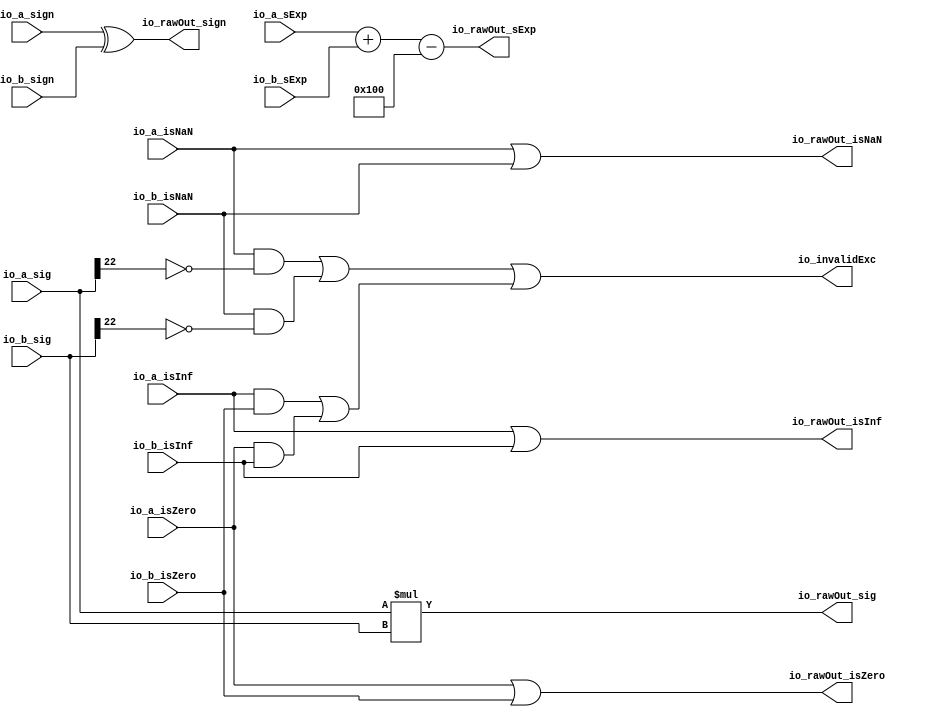
module MulFullRawFN(
  input         io_a_isNaN,
  input         io_a_isInf,
  input         io_a_isZero,
  input         io_a_sign,
  input  [9:0]  io_a_sExp,
  input  [24:0] io_a_sig,
  input         io_b_isNaN,
  input         io_b_isInf,
  input         io_b_isZero,
  input         io_b_sign,
  input  [9:0]  io_b_sExp,
  input  [24:0] io_b_sig,
  output        io_invalidExc,
  output        io_rawOut_isNaN,
  output        io_rawOut_isInf,
  output        io_rawOut_isZero,
  output        io_rawOut_sign,
  output [9:0]  io_rawOut_sExp,
  output [47:0] io_rawOut_sig
);
  wire  notSigNaN_invalidExc = io_a_isInf & io_b_isZero | io_a_isZero & io_b_isInf; // @[MulRecFN.scala 58:60]
  wire [9:0] _common_sExpOut_T_2 = $signed(io_a_sExp) + $signed(io_b_sExp); // @[MulRecFN.scala 62:36]
  wire [49:0] _common_sigOut_T = io_a_sig * io_b_sig; // @[MulRecFN.scala 63:35]
  wire  _io_invalidExc_T_2 = io_a_isNaN & ~io_a_sig[22]; // @[common.scala 84:46]
  wire  _io_invalidExc_T_5 = io_b_isNaN & ~io_b_sig[22]; // @[common.scala 84:46]
  assign io_invalidExc = _io_invalidExc_T_2 | _io_invalidExc_T_5 | notSigNaN_invalidExc; // @[MulRecFN.scala 66:71]
  assign io_rawOut_isNaN = io_a_isNaN | io_b_isNaN; // @[MulRecFN.scala 70:35]
  assign io_rawOut_isInf = io_a_isInf | io_b_isInf; // @[MulRecFN.scala 59:38]
  assign io_rawOut_isZero = io_a_isZero | io_b_isZero; // @[MulRecFN.scala 60:40]
  assign io_rawOut_sign = io_a_sign ^ io_b_sign; // @[MulRecFN.scala 61:36]
  assign io_rawOut_sExp = $signed(_common_sExpOut_T_2) - 10'sh100; // @[MulRecFN.scala 62:48]
  assign io_rawOut_sig = _common_sigOut_T[47:0]; // @[MulRecFN.scala 63:46]
endmodule
module MulRawFN(
  input         io_a_isNaN,
  input         io_a_isInf,
  input         io_a_isZero,
  input         io_a_sign,
  input  [9:0]  io_a_sExp,
  input  [24:0] io_a_sig,
  input         io_b_isNaN,
  input         io_b_isInf,
  input         io_b_isZero,
  input         io_b_sign,
  input  [9:0]  io_b_sExp,
  input  [24:0] io_b_sig,
  output        io_invalidExc,
  output        io_rawOut_isNaN,
  output        io_rawOut_isInf,
  output        io_rawOut_isZero,
  output        io_rawOut_sign,
  output [9:0]  io_rawOut_sExp,
  output [26:0] io_rawOut_sig
);
  wire  mulFullRaw_io_a_isNaN; // @[MulRecFN.scala 84:28]
  wire  mulFullRaw_io_a_isInf; // @[MulRecFN.scala 84:28]
  wire  mulFullRaw_io_a_isZero; // @[MulRecFN.scala 84:28]
  wire  mulFullRaw_io_a_sign; // @[MulRecFN.scala 84:28]
  wire [9:0] mulFullRaw_io_a_sExp; // @[MulRecFN.scala 84:28]
  wire [24:0] mulFullRaw_io_a_sig; // @[MulRecFN.scala 84:28]
  wire  mulFullRaw_io_b_isNaN; // @[MulRecFN.scala 84:28]
  wire  mulFullRaw_io_b_isInf; // @[MulRecFN.scala 84:28]
  wire  mulFullRaw_io_b_isZero; // @[MulRecFN.scala 84:28]
  wire  mulFullRaw_io_b_sign; // @[MulRecFN.scala 84:28]
  wire [9:0] mulFullRaw_io_b_sExp; // @[MulRecFN.scala 84:28]
  wire [24:0] mulFullRaw_io_b_sig; // @[MulRecFN.scala 84:28]
  wire  mulFullRaw_io_invalidExc; // @[MulRecFN.scala 84:28]
  wire  mulFullRaw_io_rawOut_isNaN; // @[MulRecFN.scala 84:28]
  wire  mulFullRaw_io_rawOut_isInf; // @[MulRecFN.scala 84:28]
  wire  mulFullRaw_io_rawOut_isZero; // @[MulRecFN.scala 84:28]
  wire  mulFullRaw_io_rawOut_sign; // @[MulRecFN.scala 84:28]
  wire [9:0] mulFullRaw_io_rawOut_sExp; // @[MulRecFN.scala 84:28]
  wire [47:0] mulFullRaw_io_rawOut_sig; // @[MulRecFN.scala 84:28]
  wire  _io_rawOut_sig_T_2 = |mulFullRaw_io_rawOut_sig[21:0]; // @[MulRecFN.scala 93:55]
  MulFullRawFN mulFullRaw ( // @[MulRecFN.scala 84:28]
    .io_a_isNaN(mulFullRaw_io_a_isNaN),
    .io_a_isInf(mulFullRaw_io_a_isInf),
    .io_a_isZero(mulFullRaw_io_a_isZero),
    .io_a_sign(mulFullRaw_io_a_sign),
    .io_a_sExp(mulFullRaw_io_a_sExp),
    .io_a_sig(mulFullRaw_io_a_sig),
    .io_b_isNaN(mulFullRaw_io_b_isNaN),
    .io_b_isInf(mulFullRaw_io_b_isInf),
    .io_b_isZero(mulFullRaw_io_b_isZero),
    .io_b_sign(mulFullRaw_io_b_sign),
    .io_b_sExp(mulFullRaw_io_b_sExp),
    .io_b_sig(mulFullRaw_io_b_sig),
    .io_invalidExc(mulFullRaw_io_invalidExc),
    .io_rawOut_isNaN(mulFullRaw_io_rawOut_isNaN),
    .io_rawOut_isInf(mulFullRaw_io_rawOut_isInf),
    .io_rawOut_isZero(mulFullRaw_io_rawOut_isZero),
    .io_rawOut_sign(mulFullRaw_io_rawOut_sign),
    .io_rawOut_sExp(mulFullRaw_io_rawOut_sExp),
    .io_rawOut_sig(mulFullRaw_io_rawOut_sig)
  );
  assign io_invalidExc = mulFullRaw_io_invalidExc; // @[MulRecFN.scala 89:19]
  assign io_rawOut_isNaN = mulFullRaw_io_rawOut_isNaN; // @[MulRecFN.scala 90:15]
  assign io_rawOut_isInf = mulFullRaw_io_rawOut_isInf; // @[MulRecFN.scala 90:15]
  assign io_rawOut_isZero = mulFullRaw_io_rawOut_isZero; // @[MulRecFN.scala 90:15]
  assign io_rawOut_sign = mulFullRaw_io_rawOut_sign; // @[MulRecFN.scala 90:15]
  assign io_rawOut_sExp = mulFullRaw_io_rawOut_sExp; // @[MulRecFN.scala 90:15]
  assign io_rawOut_sig = {mulFullRaw_io_rawOut_sig[47:22],_io_rawOut_sig_T_2}; // @[Cat.scala 30:58]
  assign mulFullRaw_io_a_isNaN = io_a_isNaN; // @[MulRecFN.scala 86:21]
  assign mulFullRaw_io_a_isInf = io_a_isInf; // @[MulRecFN.scala 86:21]
  assign mulFullRaw_io_a_isZero = io_a_isZero; // @[MulRecFN.scala 86:21]
  assign mulFullRaw_io_a_sign = io_a_sign; // @[MulRecFN.scala 86:21]
  assign mulFullRaw_io_a_sExp = io_a_sExp; // @[MulRecFN.scala 86:21]
  assign mulFullRaw_io_a_sig = io_a_sig; // @[MulRecFN.scala 86:21]
  assign mulFullRaw_io_b_isNaN = io_b_isNaN; // @[MulRecFN.scala 87:21]
  assign mulFullRaw_io_b_isInf = io_b_isInf; // @[MulRecFN.scala 87:21]
  assign mulFullRaw_io_b_isZero = io_b_isZero; // @[MulRecFN.scala 87:21]
  assign mulFullRaw_io_b_sign = io_b_sign; // @[MulRecFN.scala 87:21]
  assign mulFullRaw_io_b_sExp = io_b_sExp; // @[MulRecFN.scala 87:21]
  assign mulFullRaw_io_b_sig = io_b_sig; // @[MulRecFN.scala 87:21]
endmodule
module RoundAnyRawFNToRecFN(
  input         io_invalidExc,
  input         io_in_isNaN,
  input         io_in_isInf,
  input         io_in_isZero,
  input         io_in_sign,
  input  [9:0]  io_in_sExp,
  input  [26:0] io_in_sig,
  input  [2:0]  io_roundingMode,
  output [32:0] io_out
);
  wire  roundingMode_near_even = io_roundingMode == 3'h0; // @[RoundAnyRawFNToRecFN.scala 88:53]
  wire  roundingMode_min = io_roundingMode == 3'h2; // @[RoundAnyRawFNToRecFN.scala 90:53]
  wire  roundingMode_max = io_roundingMode == 3'h3; // @[RoundAnyRawFNToRecFN.scala 91:53]
  wire  roundingMode_near_maxMag = io_roundingMode == 3'h4; // @[RoundAnyRawFNToRecFN.scala 92:53]
  wire  roundingMode_odd = io_roundingMode == 3'h6; // @[RoundAnyRawFNToRecFN.scala 93:53]
  wire  roundMagUp = roundingMode_min & io_in_sign | roundingMode_max & ~io_in_sign; // @[RoundAnyRawFNToRecFN.scala 96:42]
  wire  doShiftSigDown1 = io_in_sig[26]; // @[RoundAnyRawFNToRecFN.scala 118:61]
  wire [8:0] _roundMask_T_1 = ~io_in_sExp[8:0]; // @[primitives.scala 51:21]
  wire  roundMask_msb = _roundMask_T_1[8]; // @[primitives.scala 57:25]
  wire [7:0] roundMask_lsbs = _roundMask_T_1[7:0]; // @[primitives.scala 58:26]
  wire  roundMask_msb_1 = roundMask_lsbs[7]; // @[primitives.scala 57:25]
  wire [6:0] roundMask_lsbs_1 = roundMask_lsbs[6:0]; // @[primitives.scala 58:26]
  wire  roundMask_msb_2 = roundMask_lsbs_1[6]; // @[primitives.scala 57:25]
  wire [5:0] roundMask_lsbs_2 = roundMask_lsbs_1[5:0]; // @[primitives.scala 58:26]
  wire [64:0] roundMask_shift = 65'sh10000000000000000 >>> roundMask_lsbs_2; // @[primitives.scala 77:58]
  wire [15:0] _GEN_0 = {{8'd0}, roundMask_shift[57:50]}; // @[Bitwise.scala 103:31]
  wire [15:0] _roundMask_T_7 = _GEN_0 & 16'hff; // @[Bitwise.scala 103:31]
  wire [15:0] _roundMask_T_9 = {roundMask_shift[49:42], 8'h0}; // @[Bitwise.scala 103:65]
  wire [15:0] _roundMask_T_11 = _roundMask_T_9 & 16'hff00; // @[Bitwise.scala 103:75]
  wire [15:0] _roundMask_T_12 = _roundMask_T_7 | _roundMask_T_11; // @[Bitwise.scala 103:39]
  wire [15:0] _GEN_1 = {{4'd0}, _roundMask_T_12[15:4]}; // @[Bitwise.scala 103:31]
  wire [15:0] _roundMask_T_17 = _GEN_1 & 16'hf0f; // @[Bitwise.scala 103:31]
  wire [15:0] _roundMask_T_19 = {_roundMask_T_12[11:0], 4'h0}; // @[Bitwise.scala 103:65]
  wire [15:0] _roundMask_T_21 = _roundMask_T_19 & 16'hf0f0; // @[Bitwise.scala 103:75]
  wire [15:0] _roundMask_T_22 = _roundMask_T_17 | _roundMask_T_21; // @[Bitwise.scala 103:39]
  wire [15:0] _GEN_2 = {{2'd0}, _roundMask_T_22[15:2]}; // @[Bitwise.scala 103:31]
  wire [15:0] _roundMask_T_27 = _GEN_2 & 16'h3333; // @[Bitwise.scala 103:31]
  wire [15:0] _roundMask_T_29 = {_roundMask_T_22[13:0], 2'h0}; // @[Bitwise.scala 103:65]
  wire [15:0] _roundMask_T_31 = _roundMask_T_29 & 16'hcccc; // @[Bitwise.scala 103:75]
  wire [15:0] _roundMask_T_32 = _roundMask_T_27 | _roundMask_T_31; // @[Bitwise.scala 103:39]
  wire [15:0] _GEN_3 = {{1'd0}, _roundMask_T_32[15:1]}; // @[Bitwise.scala 103:31]
  wire [15:0] _roundMask_T_37 = _GEN_3 & 16'h5555; // @[Bitwise.scala 103:31]
  wire [15:0] _roundMask_T_39 = {_roundMask_T_32[14:0], 1'h0}; // @[Bitwise.scala 103:65]
  wire [15:0] _roundMask_T_41 = _roundMask_T_39 & 16'haaaa; // @[Bitwise.scala 103:75]
  wire [15:0] _roundMask_T_42 = _roundMask_T_37 | _roundMask_T_41; // @[Bitwise.scala 103:39]
  wire [21:0] _roundMask_T_59 = {_roundMask_T_42,roundMask_shift[58],roundMask_shift[59],roundMask_shift[60],
    roundMask_shift[61],roundMask_shift[62],roundMask_shift[63]}; // @[Cat.scala 30:58]
  wire [21:0] _roundMask_T_60 = ~_roundMask_T_59; // @[primitives.scala 74:36]
  wire [21:0] _roundMask_T_61 = roundMask_msb_2 ? 22'h0 : _roundMask_T_60; // @[primitives.scala 74:21]
  wire [21:0] _roundMask_T_62 = ~_roundMask_T_61; // @[primitives.scala 74:17]
  wire [24:0] _roundMask_T_63 = {_roundMask_T_62,3'h7}; // @[Cat.scala 30:58]
  wire [2:0] _roundMask_T_70 = {roundMask_shift[0],roundMask_shift[1],roundMask_shift[2]}; // @[Cat.scala 30:58]
  wire [2:0] _roundMask_T_71 = roundMask_msb_2 ? _roundMask_T_70 : 3'h0; // @[primitives.scala 61:24]
  wire [24:0] _roundMask_T_72 = roundMask_msb_1 ? _roundMask_T_63 : {{22'd0}, _roundMask_T_71}; // @[primitives.scala 66:24]
  wire [24:0] _roundMask_T_73 = roundMask_msb ? _roundMask_T_72 : 25'h0; // @[primitives.scala 61:24]
  wire [24:0] _GEN_4 = {{24'd0}, doShiftSigDown1}; // @[RoundAnyRawFNToRecFN.scala 157:23]
  wire [24:0] _roundMask_T_74 = _roundMask_T_73 | _GEN_4; // @[RoundAnyRawFNToRecFN.scala 157:23]
  wire [26:0] roundMask = {_roundMask_T_74,2'h3}; // @[Cat.scala 30:58]
  wire [26:0] shiftedRoundMask = {1'h0,roundMask[26:1]}; // @[Cat.scala 30:58]
  wire [26:0] _roundPosMask_T = ~shiftedRoundMask; // @[RoundAnyRawFNToRecFN.scala 161:28]
  wire [26:0] roundPosMask = _roundPosMask_T & roundMask; // @[RoundAnyRawFNToRecFN.scala 161:46]
  wire [26:0] _roundPosBit_T = io_in_sig & roundPosMask; // @[RoundAnyRawFNToRecFN.scala 162:40]
  wire  roundPosBit = |_roundPosBit_T; // @[RoundAnyRawFNToRecFN.scala 162:56]
  wire [26:0] _anyRoundExtra_T = io_in_sig & shiftedRoundMask; // @[RoundAnyRawFNToRecFN.scala 163:42]
  wire  anyRoundExtra = |_anyRoundExtra_T; // @[RoundAnyRawFNToRecFN.scala 163:62]
  wire  anyRound = roundPosBit | anyRoundExtra; // @[RoundAnyRawFNToRecFN.scala 164:36]
  wire  _roundIncr_T = roundingMode_near_even | roundingMode_near_maxMag; // @[RoundAnyRawFNToRecFN.scala 167:38]
  wire  _roundIncr_T_1 = (roundingMode_near_even | roundingMode_near_maxMag) & roundPosBit; // @[RoundAnyRawFNToRecFN.scala 167:67]
  wire  _roundIncr_T_2 = roundMagUp & anyRound; // @[RoundAnyRawFNToRecFN.scala 169:29]
  wire  roundIncr = _roundIncr_T_1 | _roundIncr_T_2; // @[RoundAnyRawFNToRecFN.scala 168:31]
  wire [26:0] _roundedSig_T = io_in_sig | roundMask; // @[RoundAnyRawFNToRecFN.scala 172:32]
  wire [25:0] _roundedSig_T_2 = _roundedSig_T[26:2] + 25'h1; // @[RoundAnyRawFNToRecFN.scala 172:49]
  wire  _roundedSig_T_4 = ~anyRoundExtra; // @[RoundAnyRawFNToRecFN.scala 174:30]
  wire [25:0] _roundedSig_T_7 = roundingMode_near_even & roundPosBit & _roundedSig_T_4 ? roundMask[26:1] : 26'h0; // @[RoundAnyRawFNToRecFN.scala 173:25]
  wire [25:0] _roundedSig_T_8 = ~_roundedSig_T_7; // @[RoundAnyRawFNToRecFN.scala 173:21]
  wire [25:0] _roundedSig_T_9 = _roundedSig_T_2 & _roundedSig_T_8; // @[RoundAnyRawFNToRecFN.scala 172:61]
  wire [26:0] _roundedSig_T_10 = ~roundMask; // @[RoundAnyRawFNToRecFN.scala 178:32]
  wire [26:0] _roundedSig_T_11 = io_in_sig & _roundedSig_T_10; // @[RoundAnyRawFNToRecFN.scala 178:30]
  wire [25:0] _roundedSig_T_15 = roundingMode_odd & anyRound ? roundPosMask[26:1] : 26'h0; // @[RoundAnyRawFNToRecFN.scala 179:24]
  wire [25:0] _GEN_5 = {{1'd0}, _roundedSig_T_11[26:2]}; // @[RoundAnyRawFNToRecFN.scala 178:47]
  wire [25:0] _roundedSig_T_16 = _GEN_5 | _roundedSig_T_15; // @[RoundAnyRawFNToRecFN.scala 178:47]
  wire [25:0] roundedSig = roundIncr ? _roundedSig_T_9 : _roundedSig_T_16; // @[RoundAnyRawFNToRecFN.scala 171:16]
  wire [2:0] _sRoundedExp_T_1 = {1'b0,$signed(roundedSig[25:24])}; // @[RoundAnyRawFNToRecFN.scala 183:69]
  wire [9:0] _GEN_6 = {{7{_sRoundedExp_T_1[2]}},_sRoundedExp_T_1}; // @[RoundAnyRawFNToRecFN.scala 183:40]
  wire [10:0] sRoundedExp = $signed(io_in_sExp) + $signed(_GEN_6); // @[RoundAnyRawFNToRecFN.scala 183:40]
  wire [8:0] common_expOut = sRoundedExp[8:0]; // @[RoundAnyRawFNToRecFN.scala 185:37]
  wire [22:0] common_fractOut = doShiftSigDown1 ? roundedSig[23:1] : roundedSig[22:0]; // @[RoundAnyRawFNToRecFN.scala 187:16]
  wire [3:0] _common_overflow_T = sRoundedExp[10:7]; // @[RoundAnyRawFNToRecFN.scala 194:30]
  wire  common_overflow = $signed(_common_overflow_T) >= 4'sh3; // @[RoundAnyRawFNToRecFN.scala 194:50]
  wire  common_totalUnderflow = $signed(sRoundedExp) < 11'sh6b; // @[RoundAnyRawFNToRecFN.scala 198:31]
  wire  isNaNOut = io_invalidExc | io_in_isNaN; // @[RoundAnyRawFNToRecFN.scala 233:34]
  wire  commonCase = ~isNaNOut & ~io_in_isInf & ~io_in_isZero; // @[RoundAnyRawFNToRecFN.scala 235:61]
  wire  overflow = commonCase & common_overflow; // @[RoundAnyRawFNToRecFN.scala 236:32]
  wire  overflow_roundMagUp = _roundIncr_T | roundMagUp; // @[RoundAnyRawFNToRecFN.scala 241:60]
  wire  pegMinNonzeroMagOut = commonCase & common_totalUnderflow & (roundMagUp | roundingMode_odd); // @[RoundAnyRawFNToRecFN.scala 243:45]
  wire  pegMaxFiniteMagOut = overflow & ~overflow_roundMagUp; // @[RoundAnyRawFNToRecFN.scala 244:39]
  wire  notNaN_isInfOut = io_in_isInf | overflow & overflow_roundMagUp; // @[RoundAnyRawFNToRecFN.scala 246:32]
  wire  signOut = isNaNOut ? 1'h0 : io_in_sign; // @[RoundAnyRawFNToRecFN.scala 248:22]
  wire [8:0] _expOut_T_1 = io_in_isZero | common_totalUnderflow ? 9'h1c0 : 9'h0; // @[RoundAnyRawFNToRecFN.scala 251:18]
  wire [8:0] _expOut_T_2 = ~_expOut_T_1; // @[RoundAnyRawFNToRecFN.scala 251:14]
  wire [8:0] _expOut_T_3 = common_expOut & _expOut_T_2; // @[RoundAnyRawFNToRecFN.scala 250:24]
  wire [8:0] _expOut_T_5 = pegMinNonzeroMagOut ? 9'h194 : 9'h0; // @[RoundAnyRawFNToRecFN.scala 255:18]
  wire [8:0] _expOut_T_6 = ~_expOut_T_5; // @[RoundAnyRawFNToRecFN.scala 255:14]
  wire [8:0] _expOut_T_7 = _expOut_T_3 & _expOut_T_6; // @[RoundAnyRawFNToRecFN.scala 254:17]
  wire [8:0] _expOut_T_8 = pegMaxFiniteMagOut ? 9'h80 : 9'h0; // @[RoundAnyRawFNToRecFN.scala 259:18]
  wire [8:0] _expOut_T_9 = ~_expOut_T_8; // @[RoundAnyRawFNToRecFN.scala 259:14]
  wire [8:0] _expOut_T_10 = _expOut_T_7 & _expOut_T_9; // @[RoundAnyRawFNToRecFN.scala 258:17]
  wire [8:0] _expOut_T_11 = notNaN_isInfOut ? 9'h40 : 9'h0; // @[RoundAnyRawFNToRecFN.scala 263:18]
  wire [8:0] _expOut_T_12 = ~_expOut_T_11; // @[RoundAnyRawFNToRecFN.scala 263:14]
  wire [8:0] _expOut_T_13 = _expOut_T_10 & _expOut_T_12; // @[RoundAnyRawFNToRecFN.scala 262:17]
  wire [8:0] _expOut_T_14 = pegMinNonzeroMagOut ? 9'h6b : 9'h0; // @[RoundAnyRawFNToRecFN.scala 267:16]
  wire [8:0] _expOut_T_15 = _expOut_T_13 | _expOut_T_14; // @[RoundAnyRawFNToRecFN.scala 266:18]
  wire [8:0] _expOut_T_16 = pegMaxFiniteMagOut ? 9'h17f : 9'h0; // @[RoundAnyRawFNToRecFN.scala 271:16]
  wire [8:0] _expOut_T_17 = _expOut_T_15 | _expOut_T_16; // @[RoundAnyRawFNToRecFN.scala 270:15]
  wire [8:0] _expOut_T_18 = notNaN_isInfOut ? 9'h180 : 9'h0; // @[RoundAnyRawFNToRecFN.scala 275:16]
  wire [8:0] _expOut_T_19 = _expOut_T_17 | _expOut_T_18; // @[RoundAnyRawFNToRecFN.scala 274:15]
  wire [8:0] _expOut_T_20 = isNaNOut ? 9'h1c0 : 9'h0; // @[RoundAnyRawFNToRecFN.scala 276:16]
  wire [8:0] expOut = _expOut_T_19 | _expOut_T_20; // @[RoundAnyRawFNToRecFN.scala 275:77]
  wire [22:0] _fractOut_T_2 = isNaNOut ? 23'h400000 : 23'h0; // @[RoundAnyRawFNToRecFN.scala 279:16]
  wire [22:0] _fractOut_T_3 = isNaNOut | io_in_isZero | common_totalUnderflow ? _fractOut_T_2 : common_fractOut; // @[RoundAnyRawFNToRecFN.scala 278:12]
  wire [22:0] _fractOut_T_5 = pegMaxFiniteMagOut ? 23'h7fffff : 23'h0; // @[Bitwise.scala 72:12]
  wire [22:0] fractOut = _fractOut_T_3 | _fractOut_T_5; // @[RoundAnyRawFNToRecFN.scala 281:11]
  wire [9:0] io_out_hi = {signOut,expOut}; // @[Cat.scala 30:58]
  assign io_out = {io_out_hi,fractOut}; // @[Cat.scala 30:58]
endmodule
module RoundRawFNToRecFN(
  input         io_invalidExc,
  input         io_in_isNaN,
  input         io_in_isInf,
  input         io_in_isZero,
  input         io_in_sign,
  input  [9:0]  io_in_sExp,
  input  [26:0] io_in_sig,
  input  [2:0]  io_roundingMode,
  output [32:0] io_out
);
  wire  roundAnyRawFNToRecFN_io_invalidExc; // @[RoundAnyRawFNToRecFN.scala 307:15]
  wire  roundAnyRawFNToRecFN_io_in_isNaN; // @[RoundAnyRawFNToRecFN.scala 307:15]
  wire  roundAnyRawFNToRecFN_io_in_isInf; // @[RoundAnyRawFNToRecFN.scala 307:15]
  wire  roundAnyRawFNToRecFN_io_in_isZero; // @[RoundAnyRawFNToRecFN.scala 307:15]
  wire  roundAnyRawFNToRecFN_io_in_sign; // @[RoundAnyRawFNToRecFN.scala 307:15]
  wire [9:0] roundAnyRawFNToRecFN_io_in_sExp; // @[RoundAnyRawFNToRecFN.scala 307:15]
  wire [26:0] roundAnyRawFNToRecFN_io_in_sig; // @[RoundAnyRawFNToRecFN.scala 307:15]
  wire [2:0] roundAnyRawFNToRecFN_io_roundingMode; // @[RoundAnyRawFNToRecFN.scala 307:15]
  wire [32:0] roundAnyRawFNToRecFN_io_out; // @[RoundAnyRawFNToRecFN.scala 307:15]
  RoundAnyRawFNToRecFN roundAnyRawFNToRecFN ( // @[RoundAnyRawFNToRecFN.scala 307:15]
    .io_invalidExc(roundAnyRawFNToRecFN_io_invalidExc),
    .io_in_isNaN(roundAnyRawFNToRecFN_io_in_isNaN),
    .io_in_isInf(roundAnyRawFNToRecFN_io_in_isInf),
    .io_in_isZero(roundAnyRawFNToRecFN_io_in_isZero),
    .io_in_sign(roundAnyRawFNToRecFN_io_in_sign),
    .io_in_sExp(roundAnyRawFNToRecFN_io_in_sExp),
    .io_in_sig(roundAnyRawFNToRecFN_io_in_sig),
    .io_roundingMode(roundAnyRawFNToRecFN_io_roundingMode),
    .io_out(roundAnyRawFNToRecFN_io_out)
  );
  assign io_out = roundAnyRawFNToRecFN_io_out; // @[RoundAnyRawFNToRecFN.scala 315:23]
  assign roundAnyRawFNToRecFN_io_invalidExc = io_invalidExc; // @[RoundAnyRawFNToRecFN.scala 310:44]
  assign roundAnyRawFNToRecFN_io_in_isNaN = io_in_isNaN; // @[RoundAnyRawFNToRecFN.scala 312:44]
  assign roundAnyRawFNToRecFN_io_in_isInf = io_in_isInf; // @[RoundAnyRawFNToRecFN.scala 312:44]
  assign roundAnyRawFNToRecFN_io_in_isZero = io_in_isZero; // @[RoundAnyRawFNToRecFN.scala 312:44]
  assign roundAnyRawFNToRecFN_io_in_sign = io_in_sign; // @[RoundAnyRawFNToRecFN.scala 312:44]
  assign roundAnyRawFNToRecFN_io_in_sExp = io_in_sExp; // @[RoundAnyRawFNToRecFN.scala 312:44]
  assign roundAnyRawFNToRecFN_io_in_sig = io_in_sig; // @[RoundAnyRawFNToRecFN.scala 312:44]
  assign roundAnyRawFNToRecFN_io_roundingMode = io_roundingMode; // @[RoundAnyRawFNToRecFN.scala 313:44]
endmodule
module MulRecFN(
  input  [32:0] io_a,
  input  [32:0] io_b,
  input  [2:0]  io_roundingMode,
  output [32:0] io_out
);
  wire  mulRawFN__io_a_isNaN; // @[MulRecFN.scala 113:26]
  wire  mulRawFN__io_a_isInf; // @[MulRecFN.scala 113:26]
  wire  mulRawFN__io_a_isZero; // @[MulRecFN.scala 113:26]
  wire  mulRawFN__io_a_sign; // @[MulRecFN.scala 113:26]
  wire [9:0] mulRawFN__io_a_sExp; // @[MulRecFN.scala 113:26]
  wire [24:0] mulRawFN__io_a_sig; // @[MulRecFN.scala 113:26]
  wire  mulRawFN__io_b_isNaN; // @[MulRecFN.scala 113:26]
  wire  mulRawFN__io_b_isInf; // @[MulRecFN.scala 113:26]
  wire  mulRawFN__io_b_isZero; // @[MulRecFN.scala 113:26]
  wire  mulRawFN__io_b_sign; // @[MulRecFN.scala 113:26]
  wire [9:0] mulRawFN__io_b_sExp; // @[MulRecFN.scala 113:26]
  wire [24:0] mulRawFN__io_b_sig; // @[MulRecFN.scala 113:26]
  wire  mulRawFN__io_invalidExc; // @[MulRecFN.scala 113:26]
  wire  mulRawFN__io_rawOut_isNaN; // @[MulRecFN.scala 113:26]
  wire  mulRawFN__io_rawOut_isInf; // @[MulRecFN.scala 113:26]
  wire  mulRawFN__io_rawOut_isZero; // @[MulRecFN.scala 113:26]
  wire  mulRawFN__io_rawOut_sign; // @[MulRecFN.scala 113:26]
  wire [9:0] mulRawFN__io_rawOut_sExp; // @[MulRecFN.scala 113:26]
  wire [26:0] mulRawFN__io_rawOut_sig; // @[MulRecFN.scala 113:26]
  wire  roundRawFNToRecFN_io_invalidExc; // @[MulRecFN.scala 121:15]
  wire  roundRawFNToRecFN_io_in_isNaN; // @[MulRecFN.scala 121:15]
  wire  roundRawFNToRecFN_io_in_isInf; // @[MulRecFN.scala 121:15]
  wire  roundRawFNToRecFN_io_in_isZero; // @[MulRecFN.scala 121:15]
  wire  roundRawFNToRecFN_io_in_sign; // @[MulRecFN.scala 121:15]
  wire [9:0] roundRawFNToRecFN_io_in_sExp; // @[MulRecFN.scala 121:15]
  wire [26:0] roundRawFNToRecFN_io_in_sig; // @[MulRecFN.scala 121:15]
  wire [2:0] roundRawFNToRecFN_io_roundingMode; // @[MulRecFN.scala 121:15]
  wire [32:0] roundRawFNToRecFN_io_out; // @[MulRecFN.scala 121:15]
  wire [8:0] mulRawFN_io_a_exp = io_a[31:23]; // @[rawFloatFromRecFN.scala 50:21]
  wire  mulRawFN_io_a_isZero = mulRawFN_io_a_exp[8:6] == 3'h0; // @[rawFloatFromRecFN.scala 51:54]
  wire  mulRawFN_io_a_isSpecial = mulRawFN_io_a_exp[8:7] == 2'h3; // @[rawFloatFromRecFN.scala 52:54]
  wire  _mulRawFN_io_a_out_sig_T = ~mulRawFN_io_a_isZero; // @[rawFloatFromRecFN.scala 60:39]
  wire [1:0] mulRawFN_io_a_out_sig_hi = {1'h0,_mulRawFN_io_a_out_sig_T}; // @[Cat.scala 30:58]
  wire [8:0] mulRawFN_io_b_exp = io_b[31:23]; // @[rawFloatFromRecFN.scala 50:21]
  wire  mulRawFN_io_b_isZero = mulRawFN_io_b_exp[8:6] == 3'h0; // @[rawFloatFromRecFN.scala 51:54]
  wire  mulRawFN_io_b_isSpecial = mulRawFN_io_b_exp[8:7] == 2'h3; // @[rawFloatFromRecFN.scala 52:54]
  wire  _mulRawFN_io_b_out_sig_T = ~mulRawFN_io_b_isZero; // @[rawFloatFromRecFN.scala 60:39]
  wire [1:0] mulRawFN_io_b_out_sig_hi = {1'h0,_mulRawFN_io_b_out_sig_T}; // @[Cat.scala 30:58]
  MulRawFN mulRawFN_ ( // @[MulRecFN.scala 113:26]
    .io_a_isNaN(mulRawFN__io_a_isNaN),
    .io_a_isInf(mulRawFN__io_a_isInf),
    .io_a_isZero(mulRawFN__io_a_isZero),
    .io_a_sign(mulRawFN__io_a_sign),
    .io_a_sExp(mulRawFN__io_a_sExp),
    .io_a_sig(mulRawFN__io_a_sig),
    .io_b_isNaN(mulRawFN__io_b_isNaN),
    .io_b_isInf(mulRawFN__io_b_isInf),
    .io_b_isZero(mulRawFN__io_b_isZero),
    .io_b_sign(mulRawFN__io_b_sign),
    .io_b_sExp(mulRawFN__io_b_sExp),
    .io_b_sig(mulRawFN__io_b_sig),
    .io_invalidExc(mulRawFN__io_invalidExc),
    .io_rawOut_isNaN(mulRawFN__io_rawOut_isNaN),
    .io_rawOut_isInf(mulRawFN__io_rawOut_isInf),
    .io_rawOut_isZero(mulRawFN__io_rawOut_isZero),
    .io_rawOut_sign(mulRawFN__io_rawOut_sign),
    .io_rawOut_sExp(mulRawFN__io_rawOut_sExp),
    .io_rawOut_sig(mulRawFN__io_rawOut_sig)
  );
  RoundRawFNToRecFN roundRawFNToRecFN ( // @[MulRecFN.scala 121:15]
    .io_invalidExc(roundRawFNToRecFN_io_invalidExc),
    .io_in_isNaN(roundRawFNToRecFN_io_in_isNaN),
    .io_in_isInf(roundRawFNToRecFN_io_in_isInf),
    .io_in_isZero(roundRawFNToRecFN_io_in_isZero),
    .io_in_sign(roundRawFNToRecFN_io_in_sign),
    .io_in_sExp(roundRawFNToRecFN_io_in_sExp),
    .io_in_sig(roundRawFNToRecFN_io_in_sig),
    .io_roundingMode(roundRawFNToRecFN_io_roundingMode),
    .io_out(roundRawFNToRecFN_io_out)
  );
  assign io_out = roundRawFNToRecFN_io_out; // @[MulRecFN.scala 127:23]
  assign mulRawFN__io_a_isNaN = mulRawFN_io_a_isSpecial & mulRawFN_io_a_exp[6]; // @[rawFloatFromRecFN.scala 55:33]
  assign mulRawFN__io_a_isInf = mulRawFN_io_a_isSpecial & ~mulRawFN_io_a_exp[6]; // @[rawFloatFromRecFN.scala 56:33]
  assign mulRawFN__io_a_isZero = mulRawFN_io_a_exp[8:6] == 3'h0; // @[rawFloatFromRecFN.scala 51:54]
  assign mulRawFN__io_a_sign = io_a[32]; // @[rawFloatFromRecFN.scala 58:25]
  assign mulRawFN__io_a_sExp = {1'b0,$signed(mulRawFN_io_a_exp)}; // @[rawFloatFromRecFN.scala 59:27]
  assign mulRawFN__io_a_sig = {mulRawFN_io_a_out_sig_hi,io_a[22:0]}; // @[Cat.scala 30:58]
  assign mulRawFN__io_b_isNaN = mulRawFN_io_b_isSpecial & mulRawFN_io_b_exp[6]; // @[rawFloatFromRecFN.scala 55:33]
  assign mulRawFN__io_b_isInf = mulRawFN_io_b_isSpecial & ~mulRawFN_io_b_exp[6]; // @[rawFloatFromRecFN.scala 56:33]
  assign mulRawFN__io_b_isZero = mulRawFN_io_b_exp[8:6] == 3'h0; // @[rawFloatFromRecFN.scala 51:54]
  assign mulRawFN__io_b_sign = io_b[32]; // @[rawFloatFromRecFN.scala 58:25]
  assign mulRawFN__io_b_sExp = {1'b0,$signed(mulRawFN_io_b_exp)}; // @[rawFloatFromRecFN.scala 59:27]
  assign mulRawFN__io_b_sig = {mulRawFN_io_b_out_sig_hi,io_b[22:0]}; // @[Cat.scala 30:58]
  assign roundRawFNToRecFN_io_invalidExc = mulRawFN__io_invalidExc; // @[MulRecFN.scala 122:39]
  assign roundRawFNToRecFN_io_in_isNaN = mulRawFN__io_rawOut_isNaN; // @[MulRecFN.scala 124:39]
  assign roundRawFNToRecFN_io_in_isInf = mulRawFN__io_rawOut_isInf; // @[MulRecFN.scala 124:39]
  assign roundRawFNToRecFN_io_in_isZero = mulRawFN__io_rawOut_isZero; // @[MulRecFN.scala 124:39]
  assign roundRawFNToRecFN_io_in_sign = mulRawFN__io_rawOut_sign; // @[MulRecFN.scala 124:39]
  assign roundRawFNToRecFN_io_in_sExp = mulRawFN__io_rawOut_sExp; // @[MulRecFN.scala 124:39]
  assign roundRawFNToRecFN_io_in_sig = mulRawFN__io_rawOut_sig; // @[MulRecFN.scala 124:39]
  assign roundRawFNToRecFN_io_roundingMode = io_roundingMode; // @[MulRecFN.scala 125:39]
endmodule
module MultPE(
  input         clock,
  input         reset,
  input         io_use_int,
  input  [2:0]  io_rounding,
  input         io_tininess,
  input  [31:0] io_in_0,
  input  [31:0] io_in_1,
  output [31:0] io_out
);
`ifdef RANDOMIZE_REG_INIT
  reg [31:0] _RAND_0;
  reg [31:0] _RAND_1;
  reg [63:0] _RAND_2;
  reg [31:0] _RAND_3;
  reg [31:0] _RAND_4;
  reg [31:0] _RAND_5;
  reg [31:0] _RAND_6;
  reg [63:0] _RAND_7;
  reg [63:0] _RAND_8;
`endif // RANDOMIZE_REG_INIT
  wire [32:0] mulRecFN_io_a; // @[MultPE.scala 50:26]
  wire [32:0] mulRecFN_io_b; // @[MultPE.scala 50:26]
  wire [2:0] mulRecFN_io_roundingMode; // @[MultPE.scala 50:26]
  wire [32:0] mulRecFN_io_out; // @[MultPE.scala 50:26]
  reg [2:0] rounding; // @[MultPE.scala 21:26]
  reg  use_int; // @[MultPE.scala 25:26]
  reg [32:0] module_out; // @[MultPE.scala 27:27]
  reg [31:0] sign_in_0; // @[MultPE.scala 31:29]
  reg [31:0] sign_in_1; // @[MultPE.scala 32:29]
  wire [63:0] _module_out_T_1 = $signed(sign_in_0) * $signed(sign_in_1); // @[MultPE.scala 35:49]
  reg [31:0] fN_in_0; // @[MultPE.scala 42:27]
  reg [31:0] fN_in_1; // @[MultPE.scala 43:27]
  wire  recFN_from_fN_in_0_rawIn_sign = fN_in_0[31]; // @[rawFloatFromFN.scala 46:22]
  wire [7:0] recFN_from_fN_in_0_rawIn_expIn = fN_in_0[30:23]; // @[rawFloatFromFN.scala 47:23]
  wire [22:0] recFN_from_fN_in_0_rawIn_fractIn = fN_in_0[22:0]; // @[rawFloatFromFN.scala 48:25]
  wire  recFN_from_fN_in_0_rawIn_isZeroExpIn = recFN_from_fN_in_0_rawIn_expIn == 8'h0; // @[rawFloatFromFN.scala 50:34]
  wire  recFN_from_fN_in_0_rawIn_isZeroFractIn = recFN_from_fN_in_0_rawIn_fractIn == 23'h0; // @[rawFloatFromFN.scala 51:38]
  wire [4:0] _recFN_from_fN_in_0_rawIn_normDist_T_23 = recFN_from_fN_in_0_rawIn_fractIn[1] ? 5'h15 : 5'h16; // @[Mux.scala 47:69]
  wire [4:0] _recFN_from_fN_in_0_rawIn_normDist_T_24 = recFN_from_fN_in_0_rawIn_fractIn[2] ? 5'h14 :
    _recFN_from_fN_in_0_rawIn_normDist_T_23; // @[Mux.scala 47:69]
  wire [4:0] _recFN_from_fN_in_0_rawIn_normDist_T_25 = recFN_from_fN_in_0_rawIn_fractIn[3] ? 5'h13 :
    _recFN_from_fN_in_0_rawIn_normDist_T_24; // @[Mux.scala 47:69]
  wire [4:0] _recFN_from_fN_in_0_rawIn_normDist_T_26 = recFN_from_fN_in_0_rawIn_fractIn[4] ? 5'h12 :
    _recFN_from_fN_in_0_rawIn_normDist_T_25; // @[Mux.scala 47:69]
  wire [4:0] _recFN_from_fN_in_0_rawIn_normDist_T_27 = recFN_from_fN_in_0_rawIn_fractIn[5] ? 5'h11 :
    _recFN_from_fN_in_0_rawIn_normDist_T_26; // @[Mux.scala 47:69]
  wire [4:0] _recFN_from_fN_in_0_rawIn_normDist_T_28 = recFN_from_fN_in_0_rawIn_fractIn[6] ? 5'h10 :
    _recFN_from_fN_in_0_rawIn_normDist_T_27; // @[Mux.scala 47:69]
  wire [4:0] _recFN_from_fN_in_0_rawIn_normDist_T_29 = recFN_from_fN_in_0_rawIn_fractIn[7] ? 5'hf :
    _recFN_from_fN_in_0_rawIn_normDist_T_28; // @[Mux.scala 47:69]
  wire [4:0] _recFN_from_fN_in_0_rawIn_normDist_T_30 = recFN_from_fN_in_0_rawIn_fractIn[8] ? 5'he :
    _recFN_from_fN_in_0_rawIn_normDist_T_29; // @[Mux.scala 47:69]
  wire [4:0] _recFN_from_fN_in_0_rawIn_normDist_T_31 = recFN_from_fN_in_0_rawIn_fractIn[9] ? 5'hd :
    _recFN_from_fN_in_0_rawIn_normDist_T_30; // @[Mux.scala 47:69]
  wire [4:0] _recFN_from_fN_in_0_rawIn_normDist_T_32 = recFN_from_fN_in_0_rawIn_fractIn[10] ? 5'hc :
    _recFN_from_fN_in_0_rawIn_normDist_T_31; // @[Mux.scala 47:69]
  wire [4:0] _recFN_from_fN_in_0_rawIn_normDist_T_33 = recFN_from_fN_in_0_rawIn_fractIn[11] ? 5'hb :
    _recFN_from_fN_in_0_rawIn_normDist_T_32; // @[Mux.scala 47:69]
  wire [4:0] _recFN_from_fN_in_0_rawIn_normDist_T_34 = recFN_from_fN_in_0_rawIn_fractIn[12] ? 5'ha :
    _recFN_from_fN_in_0_rawIn_normDist_T_33; // @[Mux.scala 47:69]
  wire [4:0] _recFN_from_fN_in_0_rawIn_normDist_T_35 = recFN_from_fN_in_0_rawIn_fractIn[13] ? 5'h9 :
    _recFN_from_fN_in_0_rawIn_normDist_T_34; // @[Mux.scala 47:69]
  wire [4:0] _recFN_from_fN_in_0_rawIn_normDist_T_36 = recFN_from_fN_in_0_rawIn_fractIn[14] ? 5'h8 :
    _recFN_from_fN_in_0_rawIn_normDist_T_35; // @[Mux.scala 47:69]
  wire [4:0] _recFN_from_fN_in_0_rawIn_normDist_T_37 = recFN_from_fN_in_0_rawIn_fractIn[15] ? 5'h7 :
    _recFN_from_fN_in_0_rawIn_normDist_T_36; // @[Mux.scala 47:69]
  wire [4:0] _recFN_from_fN_in_0_rawIn_normDist_T_38 = recFN_from_fN_in_0_rawIn_fractIn[16] ? 5'h6 :
    _recFN_from_fN_in_0_rawIn_normDist_T_37; // @[Mux.scala 47:69]
  wire [4:0] _recFN_from_fN_in_0_rawIn_normDist_T_39 = recFN_from_fN_in_0_rawIn_fractIn[17] ? 5'h5 :
    _recFN_from_fN_in_0_rawIn_normDist_T_38; // @[Mux.scala 47:69]
  wire [4:0] _recFN_from_fN_in_0_rawIn_normDist_T_40 = recFN_from_fN_in_0_rawIn_fractIn[18] ? 5'h4 :
    _recFN_from_fN_in_0_rawIn_normDist_T_39; // @[Mux.scala 47:69]
  wire [4:0] _recFN_from_fN_in_0_rawIn_normDist_T_41 = recFN_from_fN_in_0_rawIn_fractIn[19] ? 5'h3 :
    _recFN_from_fN_in_0_rawIn_normDist_T_40; // @[Mux.scala 47:69]
  wire [4:0] _recFN_from_fN_in_0_rawIn_normDist_T_42 = recFN_from_fN_in_0_rawIn_fractIn[20] ? 5'h2 :
    _recFN_from_fN_in_0_rawIn_normDist_T_41; // @[Mux.scala 47:69]
  wire [4:0] _recFN_from_fN_in_0_rawIn_normDist_T_43 = recFN_from_fN_in_0_rawIn_fractIn[21] ? 5'h1 :
    _recFN_from_fN_in_0_rawIn_normDist_T_42; // @[Mux.scala 47:69]
  wire [4:0] recFN_from_fN_in_0_rawIn_normDist = recFN_from_fN_in_0_rawIn_fractIn[22] ? 5'h0 :
    _recFN_from_fN_in_0_rawIn_normDist_T_43; // @[Mux.scala 47:69]
  wire [53:0] _GEN_11 = {{31'd0}, recFN_from_fN_in_0_rawIn_fractIn}; // @[rawFloatFromFN.scala 54:36]
  wire [53:0] _recFN_from_fN_in_0_rawIn_subnormFract_T = _GEN_11 << recFN_from_fN_in_0_rawIn_normDist; // @[rawFloatFromFN.scala 54:36]
  wire [22:0] recFN_from_fN_in_0_rawIn_subnormFract = {_recFN_from_fN_in_0_rawIn_subnormFract_T[21:0], 1'h0}; // @[rawFloatFromFN.scala 54:64]
  wire [8:0] _GEN_2 = {{4'd0}, recFN_from_fN_in_0_rawIn_normDist}; // @[rawFloatFromFN.scala 57:26]
  wire [8:0] _recFN_from_fN_in_0_rawIn_adjustedExp_T = _GEN_2 ^ 9'h1ff; // @[rawFloatFromFN.scala 57:26]
  wire [8:0] _recFN_from_fN_in_0_rawIn_adjustedExp_T_1 = recFN_from_fN_in_0_rawIn_isZeroExpIn ?
    _recFN_from_fN_in_0_rawIn_adjustedExp_T : {{1'd0}, recFN_from_fN_in_0_rawIn_expIn}; // @[rawFloatFromFN.scala 56:16]
  wire [1:0] _recFN_from_fN_in_0_rawIn_adjustedExp_T_2 = recFN_from_fN_in_0_rawIn_isZeroExpIn ? 2'h2 : 2'h1; // @[rawFloatFromFN.scala 60:27]
  wire [7:0] _GEN_3 = {{6'd0}, _recFN_from_fN_in_0_rawIn_adjustedExp_T_2}; // @[rawFloatFromFN.scala 60:22]
  wire [7:0] _recFN_from_fN_in_0_rawIn_adjustedExp_T_3 = 8'h80 | _GEN_3; // @[rawFloatFromFN.scala 60:22]
  wire [8:0] _GEN_4 = {{1'd0}, _recFN_from_fN_in_0_rawIn_adjustedExp_T_3}; // @[rawFloatFromFN.scala 59:15]
  wire [8:0] recFN_from_fN_in_0_rawIn_adjustedExp = _recFN_from_fN_in_0_rawIn_adjustedExp_T_1 + _GEN_4; // @[rawFloatFromFN.scala 59:15]
  wire  recFN_from_fN_in_0_rawIn_isZero = recFN_from_fN_in_0_rawIn_isZeroExpIn & recFN_from_fN_in_0_rawIn_isZeroFractIn; // @[rawFloatFromFN.scala 62:34]
  wire  recFN_from_fN_in_0_rawIn_isSpecial = recFN_from_fN_in_0_rawIn_adjustedExp[8:7] == 2'h3; // @[rawFloatFromFN.scala 63:62]
  wire  recFN_from_fN_in_0_rawIn__isNaN = recFN_from_fN_in_0_rawIn_isSpecial & ~recFN_from_fN_in_0_rawIn_isZeroFractIn; // @[rawFloatFromFN.scala 66:33]
  wire [9:0] recFN_from_fN_in_0_rawIn__sExp = {1'b0,$signed(recFN_from_fN_in_0_rawIn_adjustedExp)}; // @[rawFloatFromFN.scala 70:48]
  wire  _recFN_from_fN_in_0_rawIn_out_sig_T = ~recFN_from_fN_in_0_rawIn_isZero; // @[rawFloatFromFN.scala 72:29]
  wire [22:0] _recFN_from_fN_in_0_rawIn_out_sig_T_1 = recFN_from_fN_in_0_rawIn_isZeroExpIn ?
    recFN_from_fN_in_0_rawIn_subnormFract : recFN_from_fN_in_0_rawIn_fractIn; // @[rawFloatFromFN.scala 72:42]
  wire [24:0] recFN_from_fN_in_0_rawIn__sig = {1'h0,_recFN_from_fN_in_0_rawIn_out_sig_T,
    _recFN_from_fN_in_0_rawIn_out_sig_T_1}; // @[Cat.scala 30:58]
  wire [2:0] _recFN_from_fN_in_0_T_1 = recFN_from_fN_in_0_rawIn_isZero ? 3'h0 : recFN_from_fN_in_0_rawIn__sExp[8:6]; // @[recFNFromFN.scala 48:16]
  wire [2:0] _GEN_5 = {{2'd0}, recFN_from_fN_in_0_rawIn__isNaN}; // @[recFNFromFN.scala 48:79]
  wire [2:0] _recFN_from_fN_in_0_T_3 = _recFN_from_fN_in_0_T_1 | _GEN_5; // @[recFNFromFN.scala 48:79]
  wire [28:0] recFN_from_fN_in_0_lo = {recFN_from_fN_in_0_rawIn__sExp[5:0],recFN_from_fN_in_0_rawIn__sig[22:0]}; // @[Cat.scala 30:58]
  wire [3:0] recFN_from_fN_in_0_hi = {recFN_from_fN_in_0_rawIn_sign,_recFN_from_fN_in_0_T_3}; // @[Cat.scala 30:58]
  reg [32:0] recFN_from_fN_in_0; // @[MultPE.scala 46:37]
  wire  recFN_from_fN_in_1_rawIn_sign = fN_in_1[31]; // @[rawFloatFromFN.scala 46:22]
  wire [7:0] recFN_from_fN_in_1_rawIn_expIn = fN_in_1[30:23]; // @[rawFloatFromFN.scala 47:23]
  wire [22:0] recFN_from_fN_in_1_rawIn_fractIn = fN_in_1[22:0]; // @[rawFloatFromFN.scala 48:25]
  wire  recFN_from_fN_in_1_rawIn_isZeroExpIn = recFN_from_fN_in_1_rawIn_expIn == 8'h0; // @[rawFloatFromFN.scala 50:34]
  wire  recFN_from_fN_in_1_rawIn_isZeroFractIn = recFN_from_fN_in_1_rawIn_fractIn == 23'h0; // @[rawFloatFromFN.scala 51:38]
  wire [4:0] _recFN_from_fN_in_1_rawIn_normDist_T_23 = recFN_from_fN_in_1_rawIn_fractIn[1] ? 5'h15 : 5'h16; // @[Mux.scala 47:69]
  wire [4:0] _recFN_from_fN_in_1_rawIn_normDist_T_24 = recFN_from_fN_in_1_rawIn_fractIn[2] ? 5'h14 :
    _recFN_from_fN_in_1_rawIn_normDist_T_23; // @[Mux.scala 47:69]
  wire [4:0] _recFN_from_fN_in_1_rawIn_normDist_T_25 = recFN_from_fN_in_1_rawIn_fractIn[3] ? 5'h13 :
    _recFN_from_fN_in_1_rawIn_normDist_T_24; // @[Mux.scala 47:69]
  wire [4:0] _recFN_from_fN_in_1_rawIn_normDist_T_26 = recFN_from_fN_in_1_rawIn_fractIn[4] ? 5'h12 :
    _recFN_from_fN_in_1_rawIn_normDist_T_25; // @[Mux.scala 47:69]
  wire [4:0] _recFN_from_fN_in_1_rawIn_normDist_T_27 = recFN_from_fN_in_1_rawIn_fractIn[5] ? 5'h11 :
    _recFN_from_fN_in_1_rawIn_normDist_T_26; // @[Mux.scala 47:69]
  wire [4:0] _recFN_from_fN_in_1_rawIn_normDist_T_28 = recFN_from_fN_in_1_rawIn_fractIn[6] ? 5'h10 :
    _recFN_from_fN_in_1_rawIn_normDist_T_27; // @[Mux.scala 47:69]
  wire [4:0] _recFN_from_fN_in_1_rawIn_normDist_T_29 = recFN_from_fN_in_1_rawIn_fractIn[7] ? 5'hf :
    _recFN_from_fN_in_1_rawIn_normDist_T_28; // @[Mux.scala 47:69]
  wire [4:0] _recFN_from_fN_in_1_rawIn_normDist_T_30 = recFN_from_fN_in_1_rawIn_fractIn[8] ? 5'he :
    _recFN_from_fN_in_1_rawIn_normDist_T_29; // @[Mux.scala 47:69]
  wire [4:0] _recFN_from_fN_in_1_rawIn_normDist_T_31 = recFN_from_fN_in_1_rawIn_fractIn[9] ? 5'hd :
    _recFN_from_fN_in_1_rawIn_normDist_T_30; // @[Mux.scala 47:69]
  wire [4:0] _recFN_from_fN_in_1_rawIn_normDist_T_32 = recFN_from_fN_in_1_rawIn_fractIn[10] ? 5'hc :
    _recFN_from_fN_in_1_rawIn_normDist_T_31; // @[Mux.scala 47:69]
  wire [4:0] _recFN_from_fN_in_1_rawIn_normDist_T_33 = recFN_from_fN_in_1_rawIn_fractIn[11] ? 5'hb :
    _recFN_from_fN_in_1_rawIn_normDist_T_32; // @[Mux.scala 47:69]
  wire [4:0] _recFN_from_fN_in_1_rawIn_normDist_T_34 = recFN_from_fN_in_1_rawIn_fractIn[12] ? 5'ha :
    _recFN_from_fN_in_1_rawIn_normDist_T_33; // @[Mux.scala 47:69]
  wire [4:0] _recFN_from_fN_in_1_rawIn_normDist_T_35 = recFN_from_fN_in_1_rawIn_fractIn[13] ? 5'h9 :
    _recFN_from_fN_in_1_rawIn_normDist_T_34; // @[Mux.scala 47:69]
  wire [4:0] _recFN_from_fN_in_1_rawIn_normDist_T_36 = recFN_from_fN_in_1_rawIn_fractIn[14] ? 5'h8 :
    _recFN_from_fN_in_1_rawIn_normDist_T_35; // @[Mux.scala 47:69]
  wire [4:0] _recFN_from_fN_in_1_rawIn_normDist_T_37 = recFN_from_fN_in_1_rawIn_fractIn[15] ? 5'h7 :
    _recFN_from_fN_in_1_rawIn_normDist_T_36; // @[Mux.scala 47:69]
  wire [4:0] _recFN_from_fN_in_1_rawIn_normDist_T_38 = recFN_from_fN_in_1_rawIn_fractIn[16] ? 5'h6 :
    _recFN_from_fN_in_1_rawIn_normDist_T_37; // @[Mux.scala 47:69]
  wire [4:0] _recFN_from_fN_in_1_rawIn_normDist_T_39 = recFN_from_fN_in_1_rawIn_fractIn[17] ? 5'h5 :
    _recFN_from_fN_in_1_rawIn_normDist_T_38; // @[Mux.scala 47:69]
  wire [4:0] _recFN_from_fN_in_1_rawIn_normDist_T_40 = recFN_from_fN_in_1_rawIn_fractIn[18] ? 5'h4 :
    _recFN_from_fN_in_1_rawIn_normDist_T_39; // @[Mux.scala 47:69]
  wire [4:0] _recFN_from_fN_in_1_rawIn_normDist_T_41 = recFN_from_fN_in_1_rawIn_fractIn[19] ? 5'h3 :
    _recFN_from_fN_in_1_rawIn_normDist_T_40; // @[Mux.scala 47:69]
  wire [4:0] _recFN_from_fN_in_1_rawIn_normDist_T_42 = recFN_from_fN_in_1_rawIn_fractIn[20] ? 5'h2 :
    _recFN_from_fN_in_1_rawIn_normDist_T_41; // @[Mux.scala 47:69]
  wire [4:0] _recFN_from_fN_in_1_rawIn_normDist_T_43 = recFN_from_fN_in_1_rawIn_fractIn[21] ? 5'h1 :
    _recFN_from_fN_in_1_rawIn_normDist_T_42; // @[Mux.scala 47:69]
  wire [4:0] recFN_from_fN_in_1_rawIn_normDist = recFN_from_fN_in_1_rawIn_fractIn[22] ? 5'h0 :
    _recFN_from_fN_in_1_rawIn_normDist_T_43; // @[Mux.scala 47:69]
  wire [53:0] _GEN_12 = {{31'd0}, recFN_from_fN_in_1_rawIn_fractIn}; // @[rawFloatFromFN.scala 54:36]
  wire [53:0] _recFN_from_fN_in_1_rawIn_subnormFract_T = _GEN_12 << recFN_from_fN_in_1_rawIn_normDist; // @[rawFloatFromFN.scala 54:36]
  wire [22:0] recFN_from_fN_in_1_rawIn_subnormFract = {_recFN_from_fN_in_1_rawIn_subnormFract_T[21:0], 1'h0}; // @[rawFloatFromFN.scala 54:64]
  wire [8:0] _GEN_6 = {{4'd0}, recFN_from_fN_in_1_rawIn_normDist}; // @[rawFloatFromFN.scala 57:26]
  wire [8:0] _recFN_from_fN_in_1_rawIn_adjustedExp_T = _GEN_6 ^ 9'h1ff; // @[rawFloatFromFN.scala 57:26]
  wire [8:0] _recFN_from_fN_in_1_rawIn_adjustedExp_T_1 = recFN_from_fN_in_1_rawIn_isZeroExpIn ?
    _recFN_from_fN_in_1_rawIn_adjustedExp_T : {{1'd0}, recFN_from_fN_in_1_rawIn_expIn}; // @[rawFloatFromFN.scala 56:16]
  wire [1:0] _recFN_from_fN_in_1_rawIn_adjustedExp_T_2 = recFN_from_fN_in_1_rawIn_isZeroExpIn ? 2'h2 : 2'h1; // @[rawFloatFromFN.scala 60:27]
  wire [7:0] _GEN_7 = {{6'd0}, _recFN_from_fN_in_1_rawIn_adjustedExp_T_2}; // @[rawFloatFromFN.scala 60:22]
  wire [7:0] _recFN_from_fN_in_1_rawIn_adjustedExp_T_3 = 8'h80 | _GEN_7; // @[rawFloatFromFN.scala 60:22]
  wire [8:0] _GEN_8 = {{1'd0}, _recFN_from_fN_in_1_rawIn_adjustedExp_T_3}; // @[rawFloatFromFN.scala 59:15]
  wire [8:0] recFN_from_fN_in_1_rawIn_adjustedExp = _recFN_from_fN_in_1_rawIn_adjustedExp_T_1 + _GEN_8; // @[rawFloatFromFN.scala 59:15]
  wire  recFN_from_fN_in_1_rawIn_isZero = recFN_from_fN_in_1_rawIn_isZeroExpIn & recFN_from_fN_in_1_rawIn_isZeroFractIn; // @[rawFloatFromFN.scala 62:34]
  wire  recFN_from_fN_in_1_rawIn_isSpecial = recFN_from_fN_in_1_rawIn_adjustedExp[8:7] == 2'h3; // @[rawFloatFromFN.scala 63:62]
  wire  recFN_from_fN_in_1_rawIn__isNaN = recFN_from_fN_in_1_rawIn_isSpecial & ~recFN_from_fN_in_1_rawIn_isZeroFractIn; // @[rawFloatFromFN.scala 66:33]
  wire [9:0] recFN_from_fN_in_1_rawIn__sExp = {1'b0,$signed(recFN_from_fN_in_1_rawIn_adjustedExp)}; // @[rawFloatFromFN.scala 70:48]
  wire  _recFN_from_fN_in_1_rawIn_out_sig_T = ~recFN_from_fN_in_1_rawIn_isZero; // @[rawFloatFromFN.scala 72:29]
  wire [22:0] _recFN_from_fN_in_1_rawIn_out_sig_T_1 = recFN_from_fN_in_1_rawIn_isZeroExpIn ?
    recFN_from_fN_in_1_rawIn_subnormFract : recFN_from_fN_in_1_rawIn_fractIn; // @[rawFloatFromFN.scala 72:42]
  wire [24:0] recFN_from_fN_in_1_rawIn__sig = {1'h0,_recFN_from_fN_in_1_rawIn_out_sig_T,
    _recFN_from_fN_in_1_rawIn_out_sig_T_1}; // @[Cat.scala 30:58]
  wire [2:0] _recFN_from_fN_in_1_T_1 = recFN_from_fN_in_1_rawIn_isZero ? 3'h0 : recFN_from_fN_in_1_rawIn__sExp[8:6]; // @[recFNFromFN.scala 48:16]
  wire [2:0] _GEN_9 = {{2'd0}, recFN_from_fN_in_1_rawIn__isNaN}; // @[recFNFromFN.scala 48:79]
  wire [2:0] _recFN_from_fN_in_1_T_3 = _recFN_from_fN_in_1_T_1 | _GEN_9; // @[recFNFromFN.scala 48:79]
  wire [28:0] recFN_from_fN_in_1_lo = {recFN_from_fN_in_1_rawIn__sExp[5:0],recFN_from_fN_in_1_rawIn__sig[22:0]}; // @[Cat.scala 30:58]
  wire [3:0] recFN_from_fN_in_1_hi = {recFN_from_fN_in_1_rawIn_sign,_recFN_from_fN_in_1_T_3}; // @[Cat.scala 30:58]
  reg [32:0] recFN_from_fN_in_1; // @[MultPE.scala 47:37]
  wire [8:0] io_out_rawIn_exp = mulRecFN_io_out[31:23]; // @[rawFloatFromRecFN.scala 50:21]
  wire  io_out_rawIn_isZero = io_out_rawIn_exp[8:6] == 3'h0; // @[rawFloatFromRecFN.scala 51:54]
  wire  io_out_rawIn_isSpecial = io_out_rawIn_exp[8:7] == 2'h3; // @[rawFloatFromRecFN.scala 52:54]
  wire  io_out_rawIn__isNaN = io_out_rawIn_isSpecial & io_out_rawIn_exp[6]; // @[rawFloatFromRecFN.scala 55:33]
  wire  io_out_rawIn__isInf = io_out_rawIn_isSpecial & ~io_out_rawIn_exp[6]; // @[rawFloatFromRecFN.scala 56:33]
  wire  io_out_rawIn__sign = mulRecFN_io_out[32]; // @[rawFloatFromRecFN.scala 58:25]
  wire [9:0] io_out_rawIn__sExp = {1'b0,$signed(io_out_rawIn_exp)}; // @[rawFloatFromRecFN.scala 59:27]
  wire  _io_out_rawIn_out_sig_T = ~io_out_rawIn_isZero; // @[rawFloatFromRecFN.scala 60:39]
  wire [24:0] io_out_rawIn__sig = {1'h0,_io_out_rawIn_out_sig_T,mulRecFN_io_out[22:0]}; // @[Cat.scala 30:58]
  wire  io_out_isSubnormal = $signed(io_out_rawIn__sExp) < 10'sh82; // @[fNFromRecFN.scala 50:39]
  wire [4:0] io_out_denormShiftDist = 5'h1 - io_out_rawIn__sExp[4:0]; // @[fNFromRecFN.scala 51:39]
  wire [23:0] _io_out_denormFract_T_1 = io_out_rawIn__sig[24:1] >> io_out_denormShiftDist; // @[fNFromRecFN.scala 52:42]
  wire [22:0] io_out_denormFract = _io_out_denormFract_T_1[22:0]; // @[fNFromRecFN.scala 52:60]
  wire [7:0] _io_out_expOut_T_2 = io_out_rawIn__sExp[7:0] - 8'h81; // @[fNFromRecFN.scala 57:45]
  wire [7:0] _io_out_expOut_T_3 = io_out_isSubnormal ? 8'h0 : _io_out_expOut_T_2; // @[fNFromRecFN.scala 55:16]
  wire  _io_out_expOut_T_4 = io_out_rawIn__isNaN | io_out_rawIn__isInf; // @[fNFromRecFN.scala 59:44]
  wire [7:0] _io_out_expOut_T_6 = _io_out_expOut_T_4 ? 8'hff : 8'h0; // @[Bitwise.scala 72:12]
  wire [7:0] io_out_expOut = _io_out_expOut_T_3 | _io_out_expOut_T_6; // @[fNFromRecFN.scala 59:15]
  wire [22:0] _io_out_fractOut_T_1 = io_out_rawIn__isInf ? 23'h0 : io_out_rawIn__sig[22:0]; // @[fNFromRecFN.scala 63:20]
  wire [22:0] io_out_fractOut = io_out_isSubnormal ? io_out_denormFract : _io_out_fractOut_T_1; // @[fNFromRecFN.scala 61:16]
  wire [31:0] _io_out_T = {io_out_rawIn__sign,io_out_expOut,io_out_fractOut}; // @[Cat.scala 30:58]
  wire [63:0] _GEN_0 = use_int ? _module_out_T_1 : {{31'd0}, module_out}; // @[MultPE.scala 29:16 35:16 27:27]
  wire [32:0] _GEN_1 = use_int ? module_out : {{1'd0}, _io_out_T}; // @[MultPE.scala 29:16 37:12 57:12]
  wire [63:0] _GEN_10 = reset ? 64'h0 : _GEN_0; // @[MultPE.scala 27:{27,27}]
  MulRecFN mulRecFN ( // @[MultPE.scala 50:26]
    .io_a(mulRecFN_io_a),
    .io_b(mulRecFN_io_b),
    .io_roundingMode(mulRecFN_io_roundingMode),
    .io_out(mulRecFN_io_out)
  );
  assign io_out = _GEN_1[31:0];
  assign mulRecFN_io_a = recFN_from_fN_in_0; // @[MultPE.scala 53:19]
  assign mulRecFN_io_b = recFN_from_fN_in_1; // @[MultPE.scala 54:19]
  assign mulRecFN_io_roundingMode = rounding; // @[MultPE.scala 51:32]
  always @(posedge clock) begin
    rounding <= io_rounding; // @[MultPE.scala 21:26]
    use_int <= io_use_int; // @[MultPE.scala 25:26]
    module_out <= _GEN_10[32:0]; // @[MultPE.scala 27:{27,27}]
    sign_in_0 <= io_in_0; // @[MultPE.scala 31:44]
    sign_in_1 <= io_in_1; // @[MultPE.scala 32:44]
    fN_in_0 <= io_in_0; // @[MultPE.scala 42:27]
    fN_in_1 <= io_in_1; // @[MultPE.scala 43:27]
    recFN_from_fN_in_0 <= {recFN_from_fN_in_0_hi,recFN_from_fN_in_0_lo}; // @[Cat.scala 30:58]
    recFN_from_fN_in_1 <= {recFN_from_fN_in_1_hi,recFN_from_fN_in_1_lo}; // @[Cat.scala 30:58]
  end
// Register and memory initialization
`ifdef RANDOMIZE_GARBAGE_ASSIGN
`define RANDOMIZE
`endif
`ifdef RANDOMIZE_INVALID_ASSIGN
`define RANDOMIZE
`endif
`ifdef RANDOMIZE_REG_INIT
`define RANDOMIZE
`endif
`ifdef RANDOMIZE_MEM_INIT
`define RANDOMIZE
`endif
`ifndef RANDOM
`define RANDOM $random
`endif
`ifdef RANDOMIZE_MEM_INIT
  integer initvar;
`endif
`ifndef SYNTHESIS
`ifdef FIRRTL_BEFORE_INITIAL
`FIRRTL_BEFORE_INITIAL
`endif
initial begin
  `ifdef RANDOMIZE
    `ifdef INIT_RANDOM
      `INIT_RANDOM
    `endif
    `ifndef VERILATOR
      `ifdef RANDOMIZE_DELAY
        #`RANDOMIZE_DELAY begin end
      `else
        #0.002 begin end
      `endif
    `endif
`ifdef RANDOMIZE_REG_INIT
  _RAND_0 = {1{`RANDOM}};
  rounding = _RAND_0[2:0];
  _RAND_1 = {1{`RANDOM}};
  use_int = _RAND_1[0:0];
  _RAND_2 = {2{`RANDOM}};
  module_out = _RAND_2[32:0];
  _RAND_3 = {1{`RANDOM}};
  sign_in_0 = _RAND_3[31:0];
  _RAND_4 = {1{`RANDOM}};
  sign_in_1 = _RAND_4[31:0];
  _RAND_5 = {1{`RANDOM}};
  fN_in_0 = _RAND_5[31:0];
  _RAND_6 = {1{`RANDOM}};
  fN_in_1 = _RAND_6[31:0];
  _RAND_7 = {2{`RANDOM}};
  recFN_from_fN_in_0 = _RAND_7[32:0];
  _RAND_8 = {2{`RANDOM}};
  recFN_from_fN_in_1 = _RAND_8[32:0];
`endif // RANDOMIZE_REG_INIT
  `endif // RANDOMIZE
end // initial
`ifdef FIRRTL_AFTER_INITIAL
`FIRRTL_AFTER_INITIAL
`endif
`endif // SYNTHESIS
endmodule